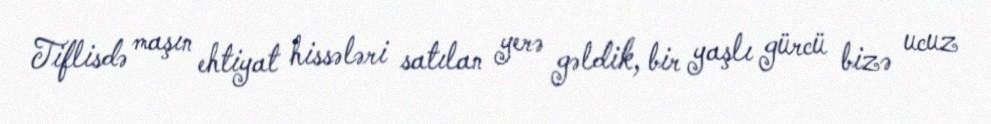
Tiflisdə maşın ehtiyat hissələri satılan yerə gəldik, bir yaşlı gürcü bizə ucuz